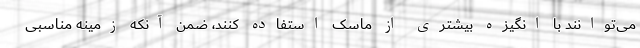
می‌توانند با انگیزه بیشتری از ماسک استفاده کنند، ضمن آنکه زمینه مناسبی